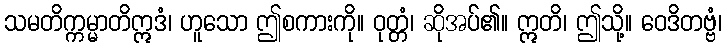
သမတိက္ကမ္မာတိဣဒံ၊ ဟူသော ဤစကားကို။ ဝုတ္တံ၊ ဆိုအပ်၏။ ဣတိ၊ ဤသို့။ ဝေဒိတဗ္ဗံ၊